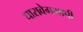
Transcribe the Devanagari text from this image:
धारावेगमापी